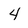
Character: 4